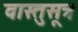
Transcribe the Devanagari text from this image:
वास्तुसूत्र